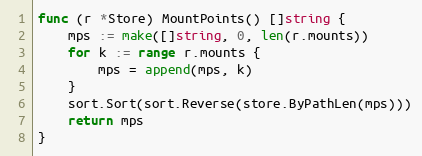
Language: Go
func (r *Store) MountPoints() []string {
	mps := make([]string, 0, len(r.mounts))
	for k := range r.mounts {
		mps = append(mps, k)
	}
	sort.Sort(sort.Reverse(store.ByPathLen(mps)))
	return mps
}